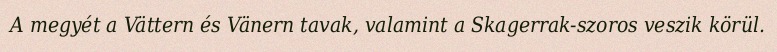
A megyét a Vättern és Vänern tavak, valamint a Skagerrak-szoros veszik körül.